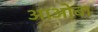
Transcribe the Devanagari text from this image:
आओबा